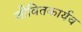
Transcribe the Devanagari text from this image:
जीवितकार्यच